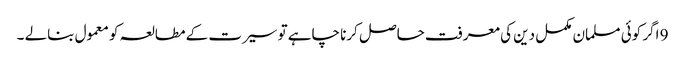
9 اگر کوئی مسلمان مکمل دین کی معرفت حاصل کرنا چاہے تو سیرت کے مطالعہ کو معمول بنالے ۔